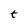
Character: t